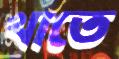
খাতে